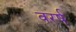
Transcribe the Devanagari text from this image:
वरर्ष